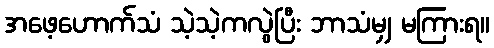
အဖေ့ဟောက်သံ သဲ့သဲ့ကလွဲပြီး ဘာသံမျှ မကြားရ။